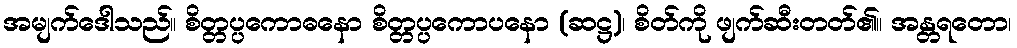
အမျက်ဒေါသည်။ စိတ္တပ္ပကောဓနော စိတ္တပ္ပကောပနော (ဆဋ္ဌ)၊ စိတ်ကို ဖျက်ဆီးတတ်၏။ အန္တရတော၊